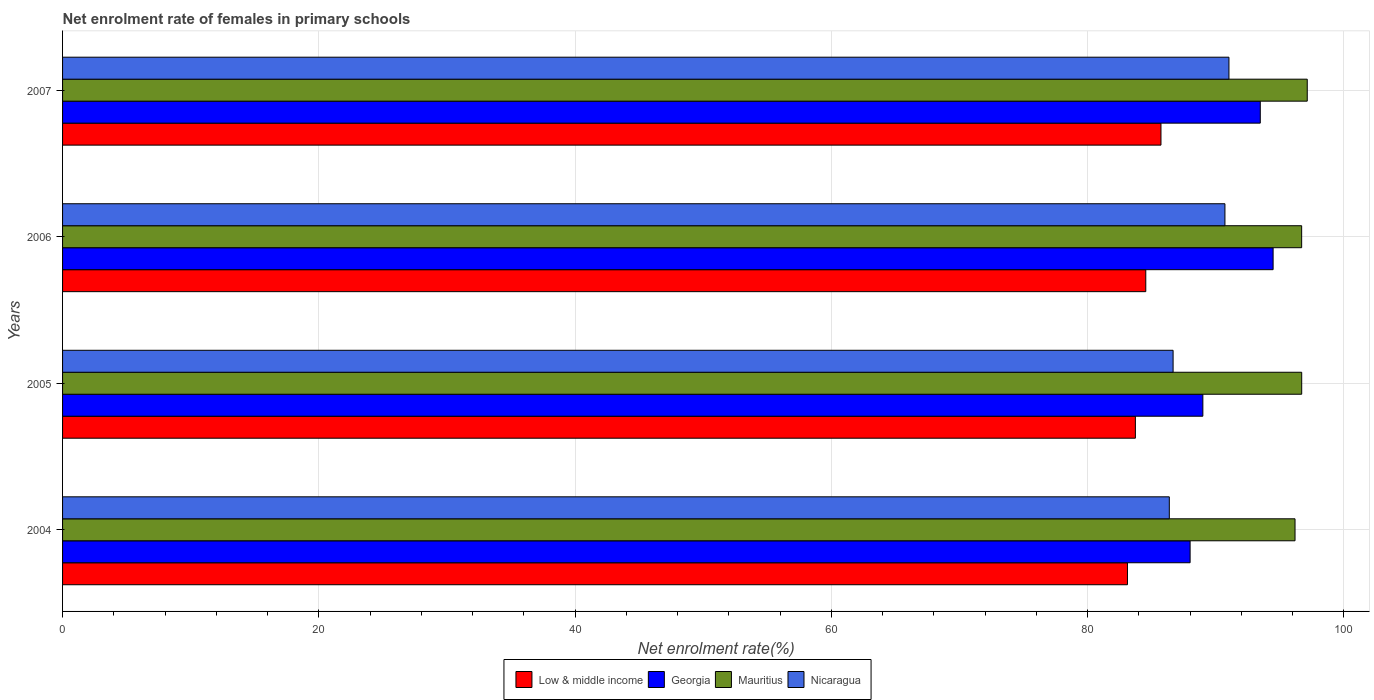
| Years | Low & middle income | Georgia | Mauritius | Nicaragua |
 | --- | --- | --- | --- | --- |
 | 2004 | 83.1 | 88 | 96.2 | 86.4 |
 | 2005 | 83.7 | 89 | 96.7 | 86.7 |
 | 2006 | 84.5 | 94.5 | 96.7 | 90.7 |
 | 2007 | 85.7 | 93.5 | 97.1 | 91 |